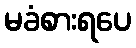
မခံစားရပေ